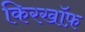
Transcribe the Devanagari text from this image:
किरखॉफ़